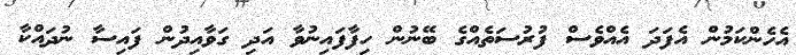
އެހެންކަމުން އެފަދަ އެއްވެސް ފުރުސަތެއްގެ ބޭނުން ހިފާފައިނުވާ އަދި ގަވާއިދުން ފައިސާ ނުދައްކާ